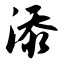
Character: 添